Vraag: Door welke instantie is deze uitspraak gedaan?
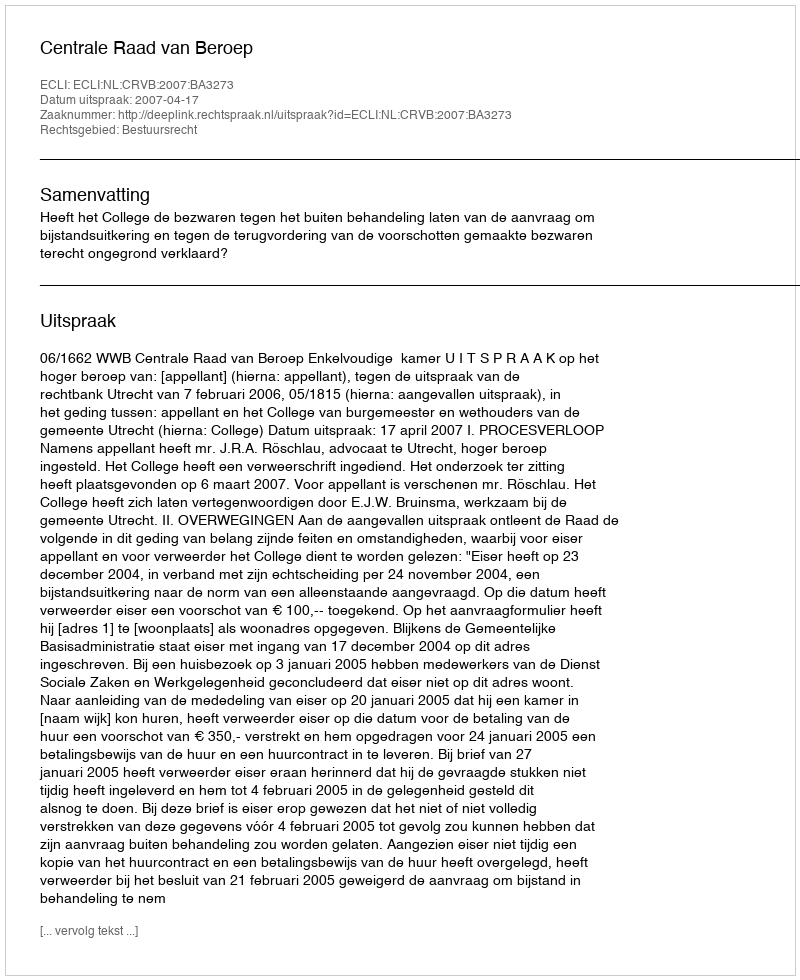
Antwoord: Centrale Raad van Beroep